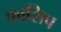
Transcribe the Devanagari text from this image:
काशिप